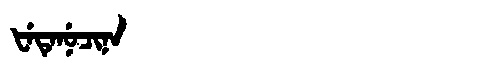
Manchu: ᡶᡝᡨᡝᠨᡠᠴᡳᠨᠠ
Romanization: FETENUCINA